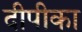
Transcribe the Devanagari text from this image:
दीपीका